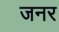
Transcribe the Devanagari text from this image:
जनर